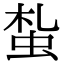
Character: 蚻